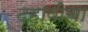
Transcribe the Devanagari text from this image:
दहावीचा